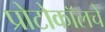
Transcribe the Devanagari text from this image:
प्रोटोकॉलचे